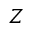
Z